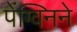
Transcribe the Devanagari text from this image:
पेंग्विनने